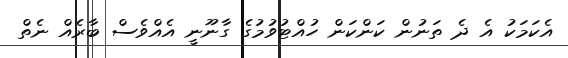
އެކަމަކު އެ ދެ ތަނުން ކަންކަން ހުއްޓުވުމުގެ ގާނޫނީ އެއްވެސް ބާރެއް ނެތް